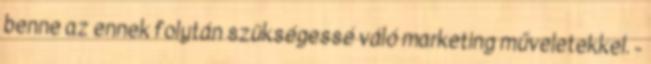
benne az ennek folytán szükségessé váló marketing műveletekkel. -